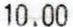
10.00